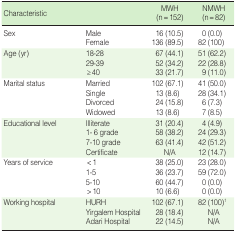
<table><thead><tr><td><b>Characteristic</b></td><td></td><td><b>MWH (n = 152)</b></td><td><b>NMWH (n = 82)</b></td></tr></thead><tbody><tr><td rowspan="2">Sex</td><td>Male</td><td>16 (10.5)</td><td>0 (0.0)</td></tr><tr><td>Female</td><td>136 (89.5)</td><td>82 (100)</td></tr><tr><td rowspan="3">Age (yr)</td><td>18-28</td><td>67 (44.1)</td><td>51 (62.2)</td></tr><tr><td>29-39</td><td>52 (34.2)</td><td>22 (28.8)</td></tr><tr><td>≥40</td><td>33 (21.7)</td><td>9 (11.0)</td></tr><tr><td rowspan="4">Marital status</td><td>Married</td><td>102 (67.1)</td><td>41 (50.0)</td></tr><tr><td>Single</td><td>13 (8.6)</td><td>28 (34.1)</td></tr><tr><td>Divorced</td><td>24 (15.8)</td><td>6 (7.3)</td></tr><tr><td>Widowed</td><td>13 (8.6)</td><td>7 (8.5)</td></tr><tr><td rowspan="4">Educational level</td><td>Illiterate</td><td>31 (20.4)</td><td>4 (4.9)</td></tr><tr><td>1-6 grade</td><td>58 (38.2)</td><td>24 (29.3)</td></tr><tr><td>7-10 grade</td><td>63 (41.4)</td><td>42 (51.2)</td></tr><tr><td>Certificate</td><td>N/A</td><td>12 (14.7)</td></tr><tr><td rowspan="4">Years of service</td><td>&lt;1</td><td>38 (25.0)</td><td>23 (28.0)</td></tr><tr><td>1-5</td><td>36 (23.7)</td><td>59 (72.0)</td></tr><tr><td>5-10</td><td>60 (44.7)</td><td>0 (0.0)</td></tr><tr><td>&gt;10</td><td>10 (6.6)</td><td>0 (0.0)</td></tr><tr><td rowspan="3">Working hospital</td><td>HURH</td><td>102 (67.1)</td><td>82 (100)<sup>1</sup></td></tr><tr><td>Yirgalem Hospital</td><td>28 (18.4)</td><td>N/A</td></tr><tr><td>Adari Hospital</td><td>22 (14.5)</td><td>N/A</td></tr></tbody></table>